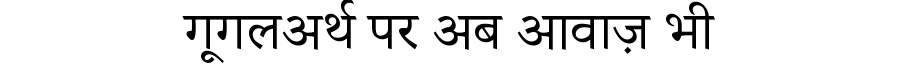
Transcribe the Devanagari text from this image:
गूगलअर्थ पर अब आवाज़ भी